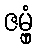
ဇမ္ဗုံ